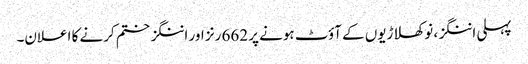
پہلی اننگز، نو کھلاڑیوں کے آؤٹ ہونے پر 662 رنز اور اننگز ختم کرنے کا اعلان۔